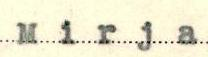
Mirja